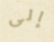
إلى